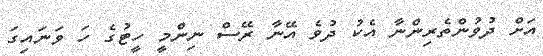
އަށް ދުވުންތެރިންނާ އެކު ދުވެ އޭނާ ރޭސް ނިންމީ ހީޓުގެ ހަ ވަނައިގަ